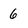
Character: 6